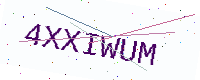
Text: 4XXIWUM